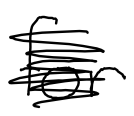
Text: for
Cross-out: scratch
Writing tool: digital_black